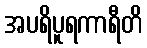
အပရိပူရကာရီတိ